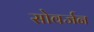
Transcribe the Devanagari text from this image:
सोवर्जन